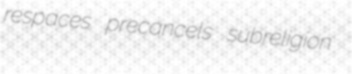
respaces precancels subreligion